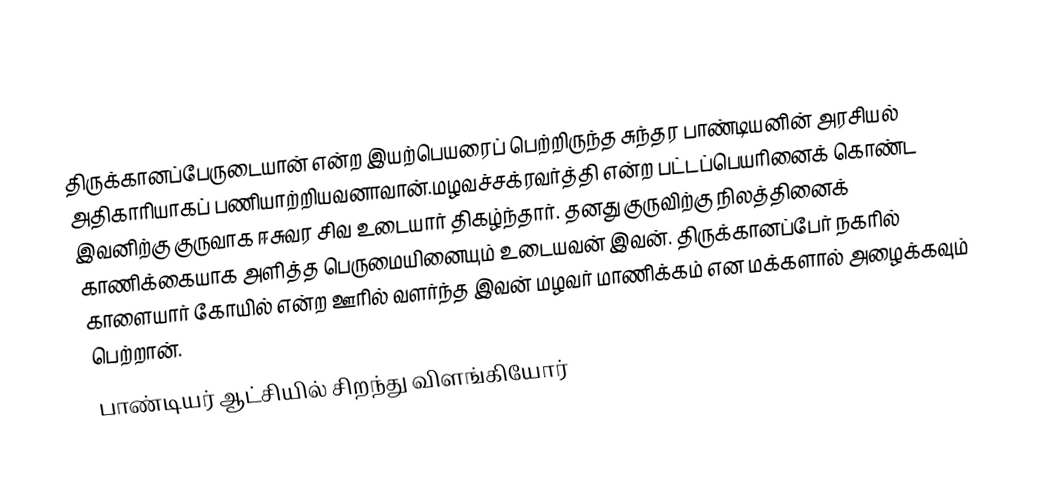
திருக்கானப்பேருடையான் என்ற இயற்பெயரைப் பெற்றிருந்த  சுந்தர பாண்டியனின் அரசியல் அதிகாரியாகப் பணியாற்றியவனாவான்.மழவச்சக்ரவர்த்தி என்ற பட்டப்பெயரினைக் கொண்ட இவனிற்கு குருவாக ஈசுவர சிவ உடையார் திகழ்ந்தார். தனது குருவிற்கு நிலத்தினைக் காணிக்கையாக அளித்த பெருமையினையும் உடையவன் இவன். திருக்கானப்பேர் நகரில் காளையார் கோயில் என்ற ஊரில் வளர்ந்த இவன் மழவர் மாணிக்கம் என மக்களால் அழைக்கவும் பெற்றான்.
பாண்டியர் ஆட்சியில் சிறந்து விளங்கியோர்